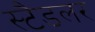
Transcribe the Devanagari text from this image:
स्टैडलर